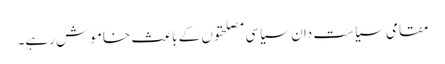
مقامی سیاست دان سیاسی مصلحتوں کے باعث خاموش رہے۔